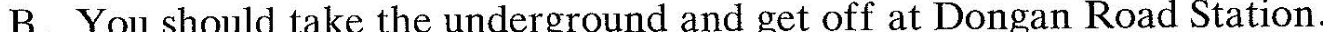
B. There are a lot of films in the museum.